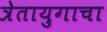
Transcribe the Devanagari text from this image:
त्रेतायुगाचा